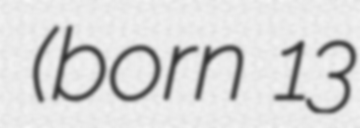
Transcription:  (born 13